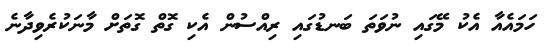
ހަމައެއާ އެކު މޭގައި ނުވަތަ ބަނޑުގައި ރިއްސުން އެކި ގޮތް ގޮތަށް މާނަކުރެވިދާނެ